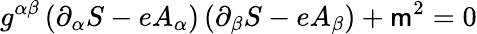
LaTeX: g^{\alpha\beta}\left(\partial_{\alpha}S-eA_{\alpha}\right)\left(\partial_{\beta}S-eA_{\beta}\right)+\mathsf{m}^{2}=0